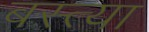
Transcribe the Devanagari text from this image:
बस्त्या